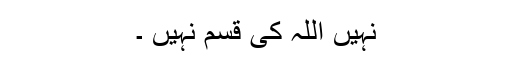
نہیں اللہ کی قسم نہیں ۔